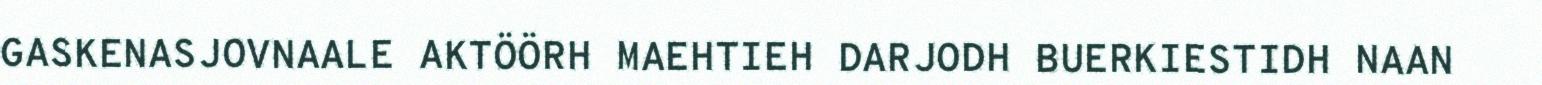
GASKENASJOVNAALE AKTÖÖRH MAEHTIEH DARJODH BUERKIESTIDH NAAN